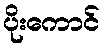
ပိုးကောင်